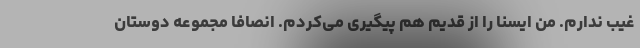
غیب ندارم. من ایسنا را از قدیم هم پیگیری می‌کردم. انصافا مجموعه دوستان